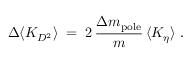
\Delta \langle { \cal K } _ { D ^ { 2 } } \rangle \; = \; 2 \, { \frac { \Delta m _ { \mathrm { p o l e } } } { m } } \, \langle { \cal K } _ { \eta } \rangle \; .